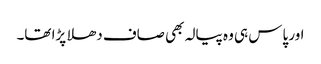
اور پاس ہی وہ پیالہ بھی صاف دھلا پڑا تھا۔